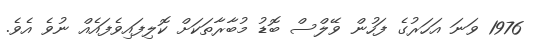
1976 ވަނަ އަހަރުގެ ފަހުން ވޭލްސް ބޮޑު މުބާރާތަކަށް ކޮލިފައިވެފައެއް ނުވެ އެވެ.